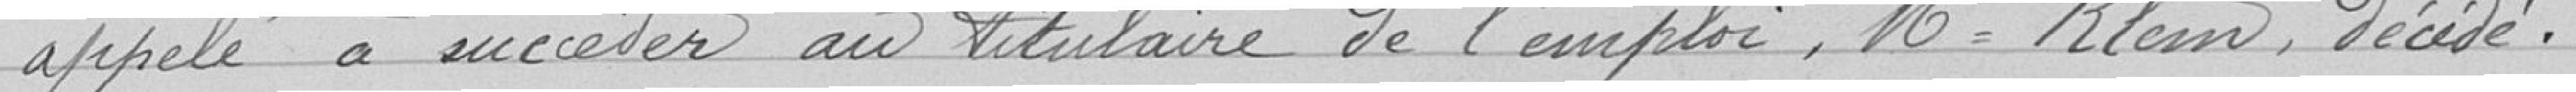
et de Mr Baudin, avocat, pour s'occuper d'une façon active de la question de